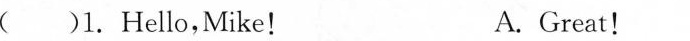
1.Hello,Mike!！ A. Great！